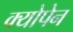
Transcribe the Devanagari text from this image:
क्योपेन